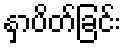
နှာပိတ်ခြင်း